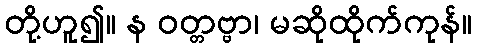
တို့ဟူ၍။ န ဝတ္တဗ္ဗာ၊ မဆိုထိုက်ကုန်။